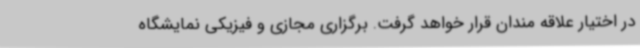
در اختیار علاقه مندان قرار خواهد گرفت. برگزاری مجازی و فیزیکی نمایشگاه